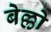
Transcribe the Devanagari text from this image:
बेल्लो